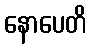
နောပေတိ